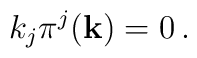
k_{j}\pi^{j}({\bf k}) = 0 \, .